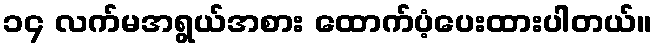
၁၄ လက်မအရွယ်အစား ထောက်ပံ့ပေးထားပါတယ်။